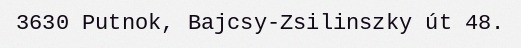
3630 Putnok, Bajcsy-Zsilinszky út 48.